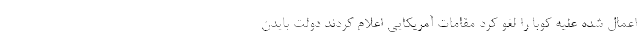
اعمال شده علیه کوبا را لغو کرد مقامات آمریکایی اعلام کردند دولت بایدن